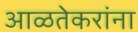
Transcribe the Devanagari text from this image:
आळतेकरांना